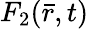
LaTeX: F_{2}(\bar{r},t)